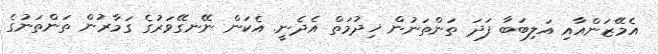
އެމޭޒަންއާއި އަލިބަބާ ފަދަ ތަންތަނުން ޚިދުމަތް އެދެނީ. އެކަން ނޭނގޭވަރުގެ ގަމާރުން ތަންތަނުގެ